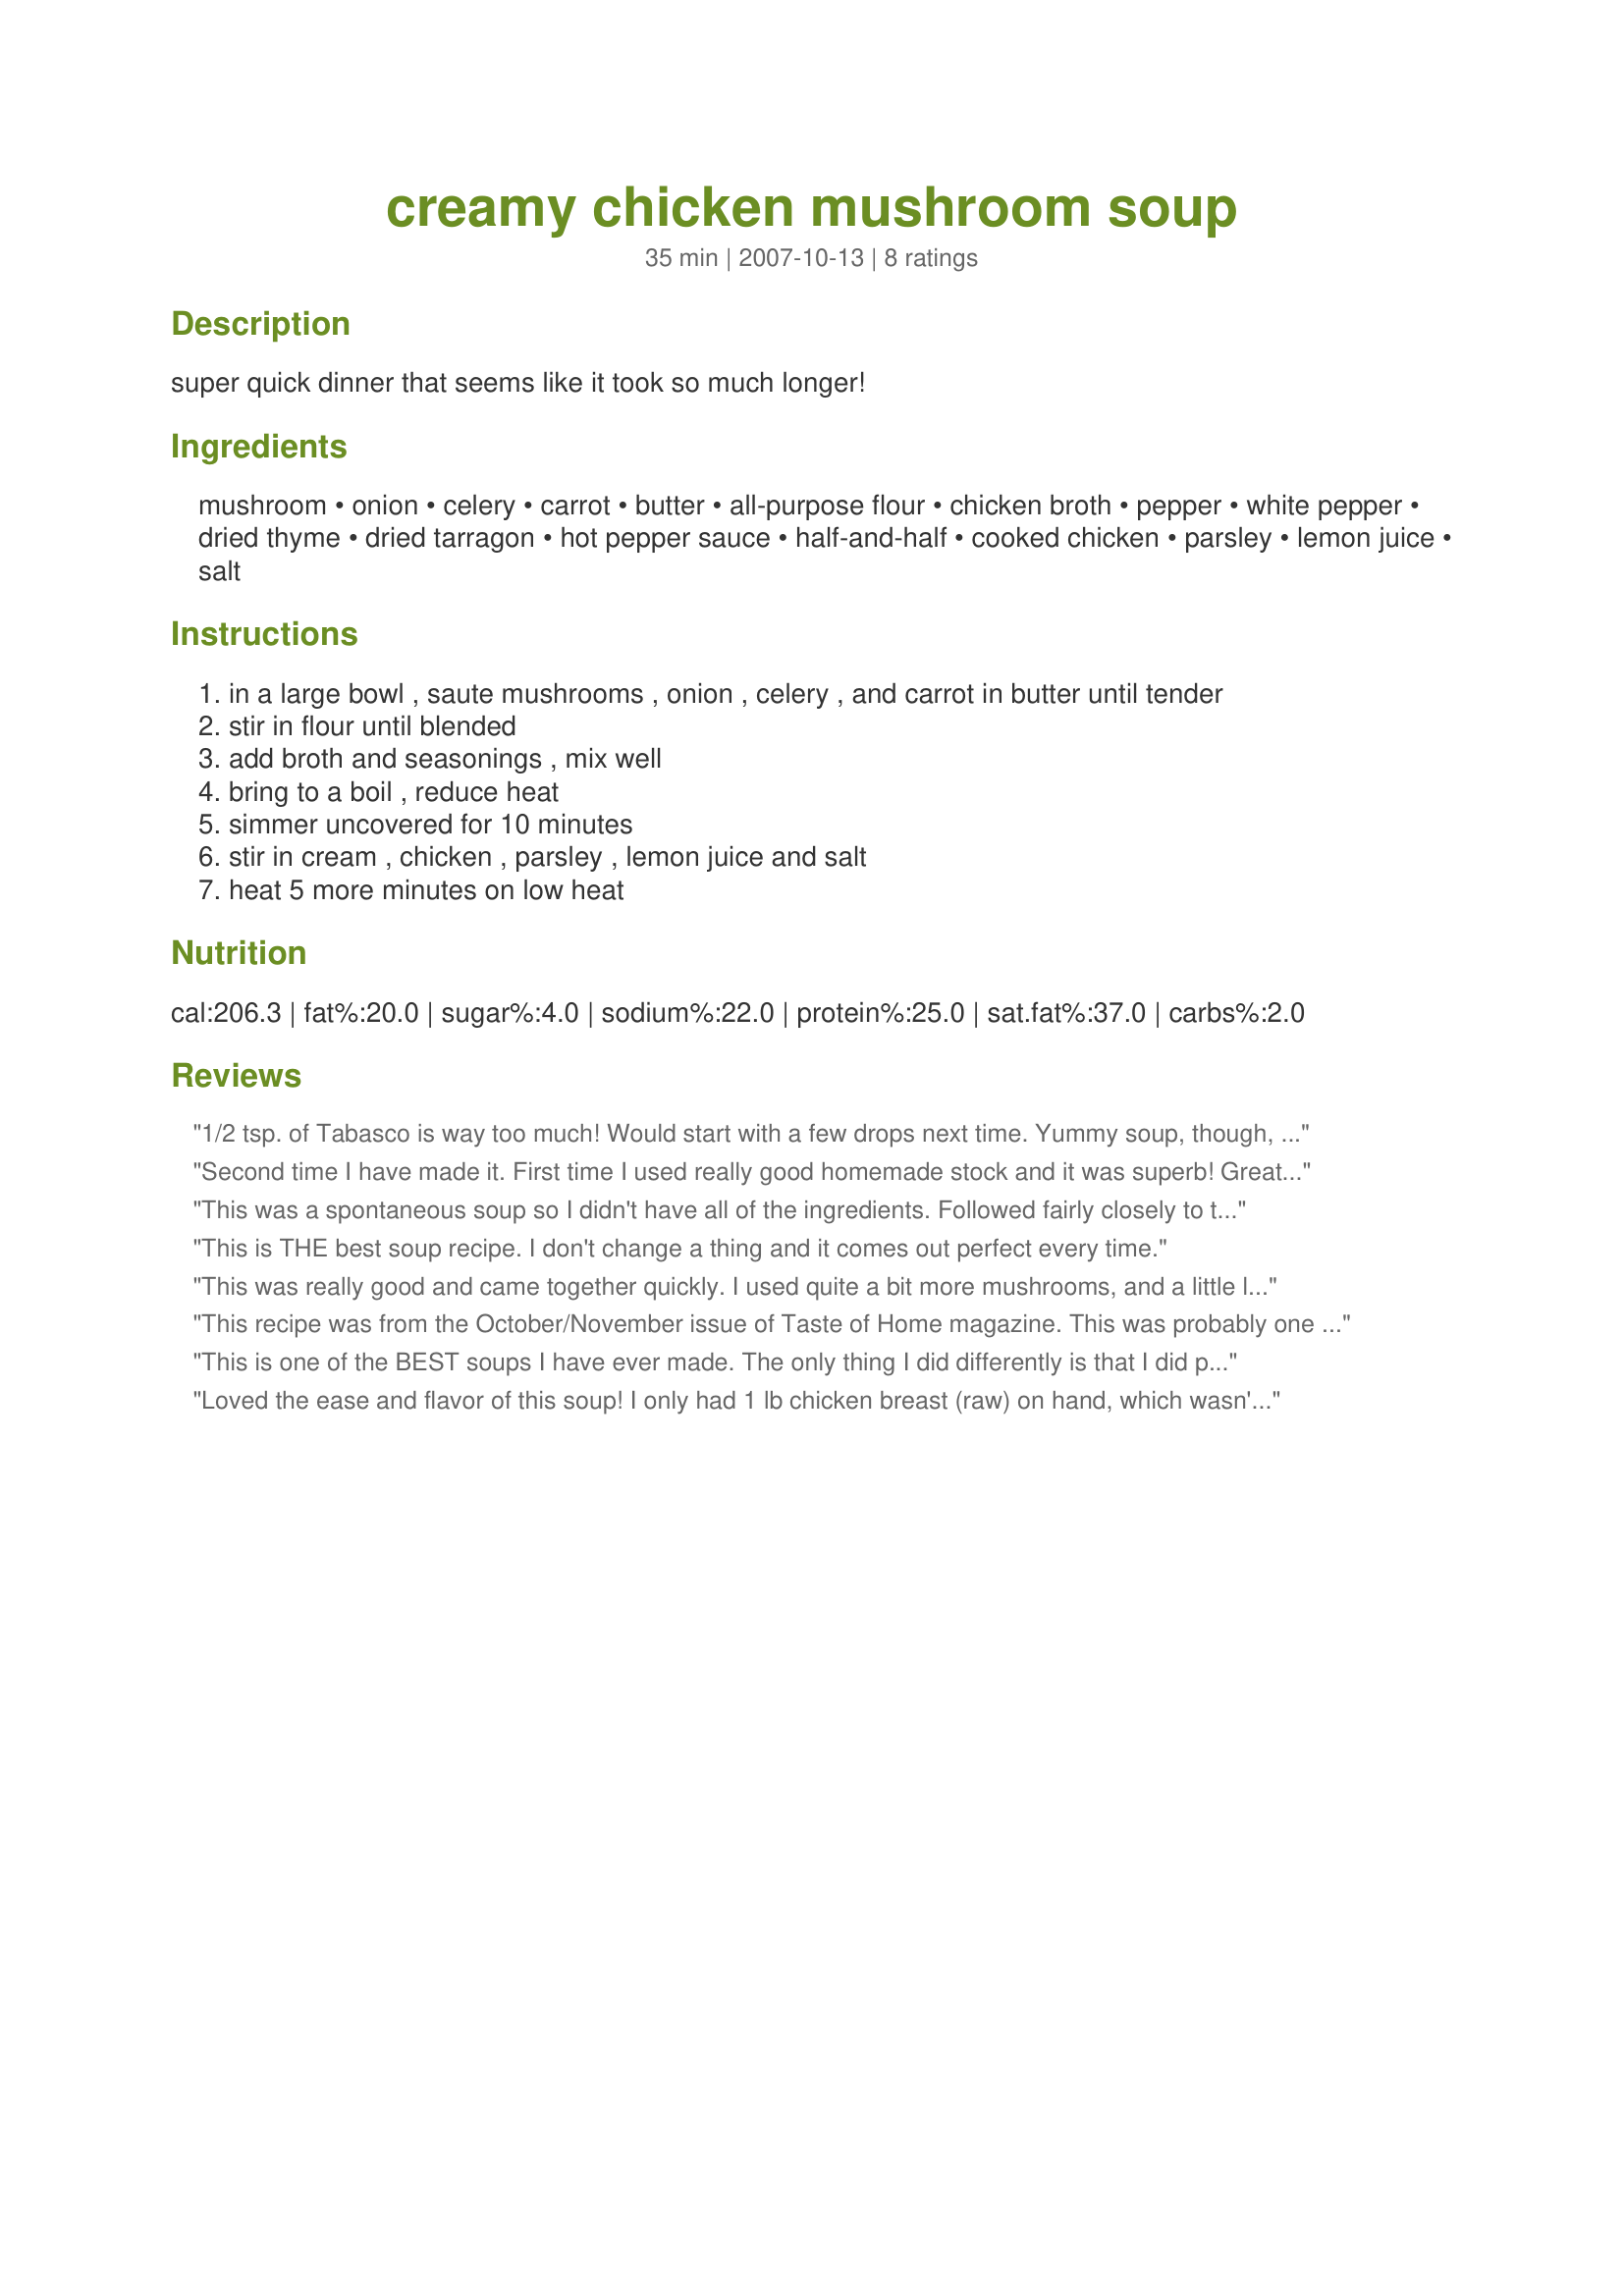
creamy chicken mushroom soup
Preparation time: 35 minutes

super quick dinner that seems like it took so much longer!

Ingredients:
mushroom, onion, celery, carrot, butter, all-purpose flour, chicken broth, pepper, white pepper, dried thyme, dried tarragon, hot pepper sauce, half-and-half, cooked chicken, parsley, lemon juice, salt

Steps:
in a large bowl , saute mushrooms , onion , celery , and carrot in butter until tender
stir in flour until blended
add broth and seasonings , mix well
bring to a boil , reduce heat
simmer uncovered for 10 minutes
stir in cream , chicken , parsley , lemon juice and salt
heat 5 more minutes on low heat

Reviews:
1/2 tsp. of Tabasco is way too much! Would start with a few drops next time. Yummy soup, though, just too hot peppery.
Second time I have made it. First time I used really good homemade stock and it was superb! Great meal for a cold winter night.
This was a spontaneous soup so I didn't have all of the ingredients. Followed fairly closely to the recipe but with a few changes - 2% milk and dried mushrooms, since that's what I had. Topped with Gruyere and served with a sourdough baguette, *thumbs up*! I also added more tarragon because I love it. I will be trying this recipe as is in the future.
This is THE best soup recipe. I don't change a thing and it comes out perfect every time.
This was really good and came together quickly. I used quite a bit more mushrooms, and a little less 1/2 and 1/2. Didn't have carrots so skipped that, and used only 1/8 cup butter. I used an immersion blender just before adding the 1/2 and 1/2, chicken etc, because I wanted the veggies minced really small. Very good. Will make this again...perfect for a cold night with some good crusty bread!
This recipe was from the October/November issue of Taste of Home magazine. This was probably one of the best soups I have ever made. I loved everything about it. The extra subtle kick from the pepper and hot sauce was perfect. I added one drained can of whole kernel corn. Delicious!
This is one of the BEST soups I have ever made. The only thing I did differently is that I did purée everything but the mushrooms and chicken. Everyone in the family loved it. My kindergartener even requested to take it for lunch the next day:-)
Loved the ease and flavor of this soup! I only had 1 lb chicken breast (raw) on hand, which wasn't enough... Would use 2.5-3 lbs next time. I will also double the mushrooms called for since I like my soups a little heartier. I ended up straining some of the liquid out, which I will freeze a bc use again for another soup. Will definitely make again!
